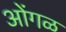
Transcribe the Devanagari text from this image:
ओंगळ